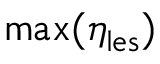
\boldsymbol { \mathrm { m a x } ( \eta _ { \mathrm { l e s } } ) }